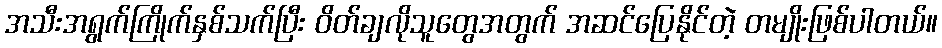
အသီးအရွက်ကြိုက်နှစ်သက်ပြီး ဝိတ်ချလိုသူတွေအတွက် အဆင်ပြေနိုင်တဲ့ တမျိုးဖြစ်ပါတယ်။